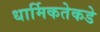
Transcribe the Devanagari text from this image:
धार्मिकतेकडे